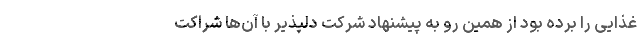
غذایی را برده بود از همین رو به پیشنهاد شرکت دلپذیر با آن‌ها شراکت